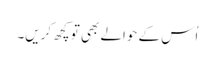
اُس کے حوالے بھی تو کچھ کریں۔